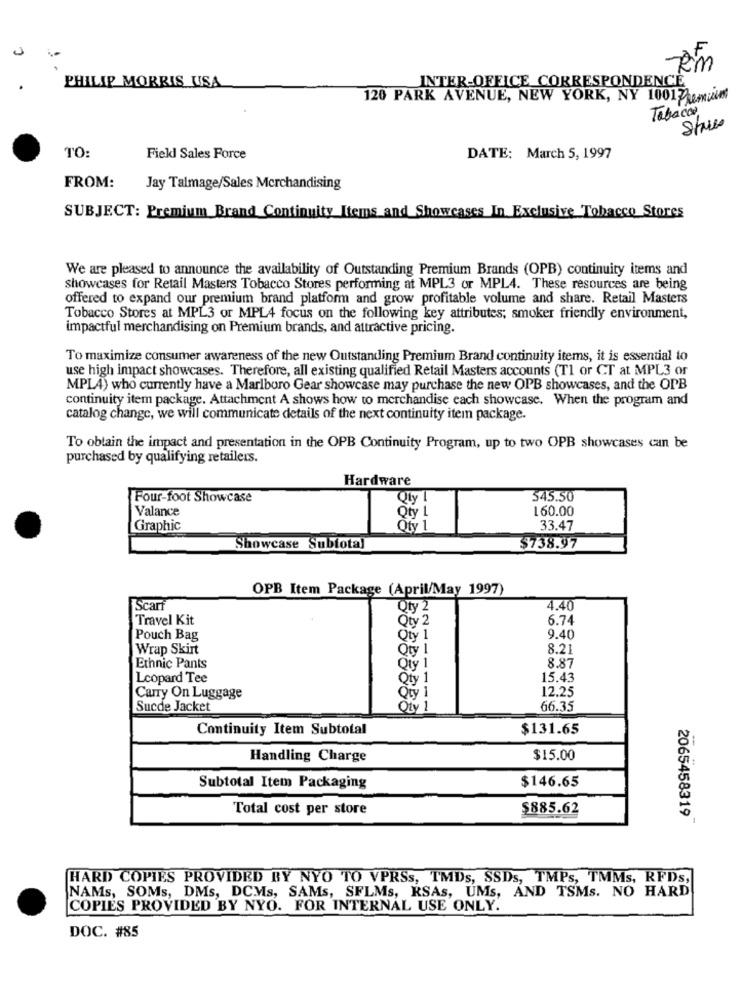
Rm
PHILIP MORRIS USA
INTER-OFFICE CORRESPONDENCE
120 PARK AVENUE, NEW YORK, NY 1001 Premint
Tabacos
Store
TO:
Field Sales Force
DATE: March 5, 1997
FROM:
Jay Talmage/Sales Merchandising
SUBJECT: Premium Brand Continuity Items and Showcases In Exclusive Tobacco Stores
We are pleased to announce the availability of Outstanding Premium Brands (OPB) continuity items and
showcases for Retail Masters Tobacco Stores performing at MPL3 or MPL4. These resources are being
offered to expand our premium brand platform and grow profitable volume and share. Retail Masters
Tobacco Stores at MPL3 or MPL4 focus on the following key attributes; smoker friendly environment,
impactful merchandising on Premium brands, and attractive pricing.
To maximize consumer awareness of the new Outstanding Premium Brand continuity items, it is essential to
use high impact showcases. Therefore, all existing qualified Retail Masters accounts (T1 or CT at MPL3 or
MPL4) who currently have a Marlboro Gear showcase may purchase the new OPB showcases, and the OPB
continuity item package. Attachment A shows how to merchandise each showcase. When the program and
catalog change, we will communicate details of the next continuity item package.
To obtain the impact and presentation in the OPB Continuity Program, up to two OPB showcases can be
purchased by qualifying retailers.
Hardware
Four-foot Showcase
Qty I
545.50
Valance
160.00
Qty 1
Graphic
Qty 1
33.47
Showcase Subtotal
$738.97
OPB Item Package (April/May 1997)
Scarf
Qty 2
4.40
Travel Kit
Qty 2
6.74
Pouch Bag
Qty 1
9.40
Wrap Skirt
Qty 1
8.21
8.87
Ethnic Pants
Qty 1
Leopard Tee
Qty 1
15.43
12.25
Carry On Luggage
Qty
Sucde Jacket
Oty 1
66.35
Continuity Item Subtotal
$131.65
Handling Charge
$15.00
$146.65
Subtotal Item Packaging
Total cost per store
$885.62
20654583197
HARD COPIES PROVIDED BY NYO TO VPRSs, TMDs, SSDs, TMPs, TMMs, RFDs,
NAMs, SOMs, DMs, DCMs, SAMS, SFLMs, RSAs, UMs, AND TSMs. NO HARD
COPIES PROVIDED BY NYO. FOR INTERNAL USE ONLY.
DOC. #85